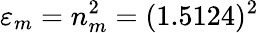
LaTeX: \varepsilon_{m}=n_{m}^{2}=(1.5124)^{2}